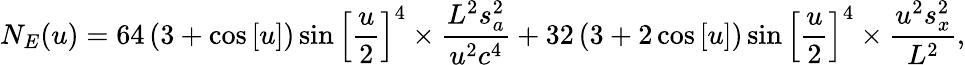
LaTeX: {N_{E}}(u)=64\left({3+\cos\left[u\right]}\right)\sin{\left[{\frac{u}{2}}\right]^{4}}\times\frac{{{L^{2}}s_{a}^{2}}}{{{u^{2}}{c^{4}}}}+32\left({3+2\cos\left[u\right]}\right)\sin{\left[{\frac{u}{2}}\right]^{4}}\times\frac{{{u^{2}}s_{x}^{2}}}{{{L^{2}}}},